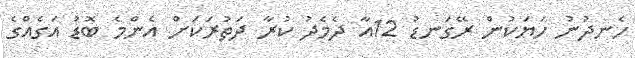
ހެނދުނު ހަޔަކުން ރޭގަނޑު 12އާ ދެމެދު ކުރާ ދަތުރަކަށް އެންމެ ބޮޑު އަގެއްގެ